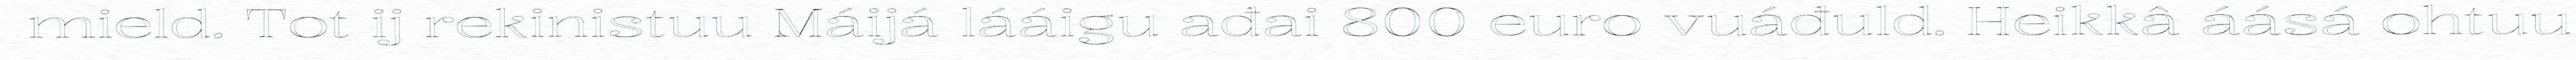
mield. Tot ij rekinistuu Máijá lááigu ađai 800 euro vuáđuld. Heikkâ áásá ohtuu